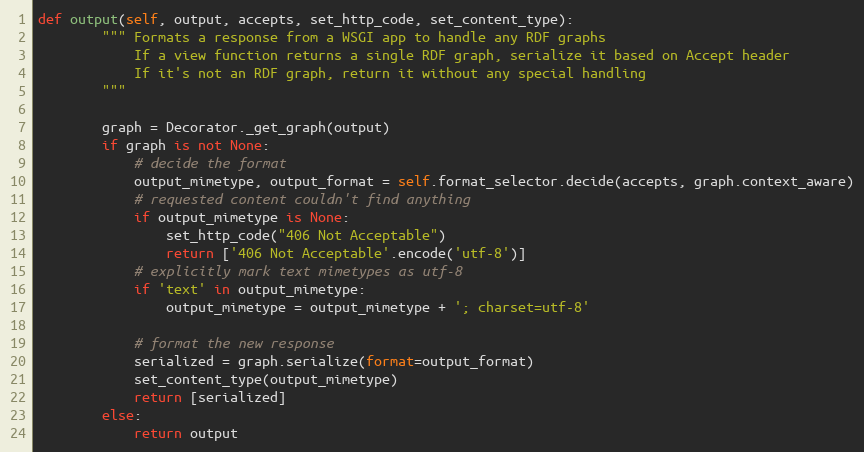
Language: Python
def output(self, output, accepts, set_http_code, set_content_type):
		""" Formats a response from a WSGI app to handle any RDF graphs
		    If a view function returns a single RDF graph, serialize it based on Accept header
		    If it's not an RDF graph, return it without any special handling
		"""

		graph = Decorator._get_graph(output)
		if graph is not None:
			# decide the format
			output_mimetype, output_format = self.format_selector.decide(accepts, graph.context_aware)
			# requested content couldn't find anything
			if output_mimetype is None:
				set_http_code("406 Not Acceptable")
				return ['406 Not Acceptable'.encode('utf-8')]
			# explicitly mark text mimetypes as utf-8
			if 'text' in output_mimetype:
				output_mimetype = output_mimetype + '; charset=utf-8'

			# format the new response
			serialized = graph.serialize(format=output_format)
			set_content_type(output_mimetype)
			return [serialized]
		else:
			return output